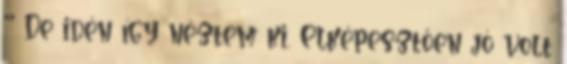
^^ De idén így néztem ki. Elképesztően jó volt